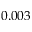
0 . 0 0 3